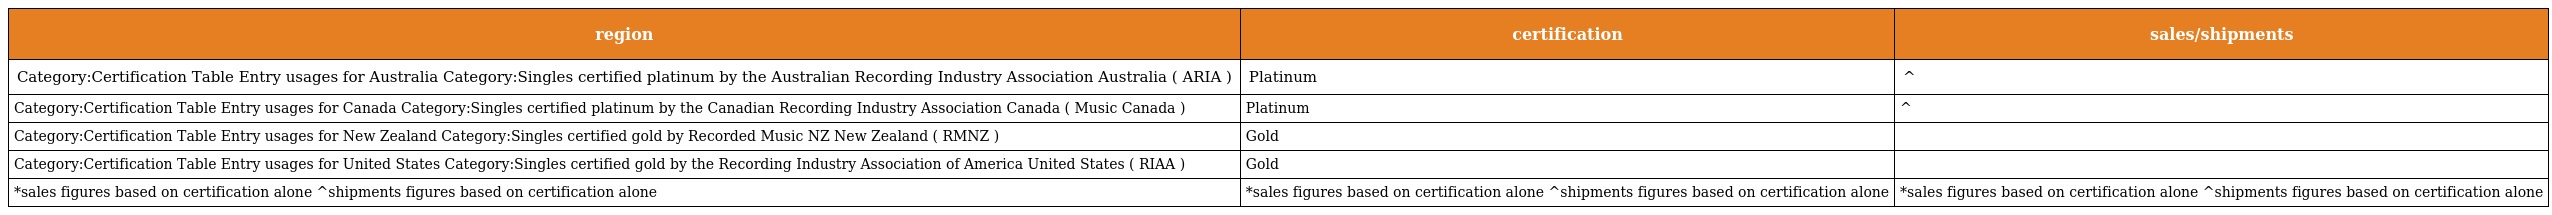
| region | certification | sales/shipments |
 | --- | --- | --- |
 | Category:Certification Table Entry usages for Australia Category:Singles certified platinum by the Australian Recording Industry Association Australia ( ARIA ) | Platinum | ^ |
 | Category:Certification Table Entry usages for Canada Category:Singles certified platinum by the Canadian Recording Industry Association Canada ( Music Canada ) | Platinum | ^ |
 | Category:Certification Table Entry usages for New Zealand Category:Singles certified gold by Recorded Music NZ New Zealand ( RMNZ ) | Gold |  |
 | Category:Certification Table Entry usages for United States Category:Singles certified gold by the Recording Industry Association of America United States ( RIAA ) | Gold |  |
 | *sales figures based on certification alone ^shipments figures based on certification alone | *sales figures based on certification alone ^shipments figures based on certification alone | *sales figures based on certification alone ^shipments figures based on certification alone |